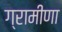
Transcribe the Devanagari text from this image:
ग्रामीणा